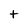
Character: t